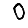
Digit: 0